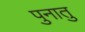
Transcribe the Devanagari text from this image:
पुनातु